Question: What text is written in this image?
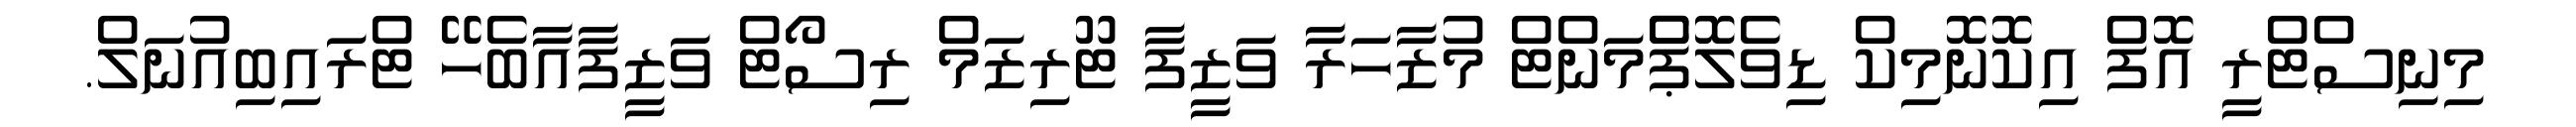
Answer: މިނިސްޓްރީ އޮފް އިކޮނޮމިކް ޑިވެލޮޕްެމަންޓް މުޒާހަރާ ވަޒީފާ ޓޫރިޒަމް ރިސޯޓް ވަޒީފާއާބެހޭ ޓްރައިބިއުނަލް.